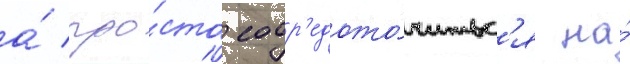
а́ про́сто соср'едото́читьс'я на́